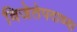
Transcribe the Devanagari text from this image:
विजेतेपदाच्या